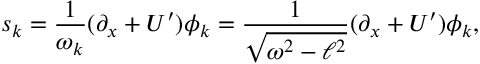
s _ { k } = \frac { 1 } { \omega _ { k } } ( \partial _ { x } + U { ' } ) \phi _ { k } = \frac { 1 } { \sqrt { \omega ^ { 2 } - \ell ^ { 2 } } } ( \partial _ { x } + U { ' } ) \phi _ { k } ,